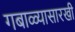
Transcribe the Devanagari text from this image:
गबाळ्यासारखी